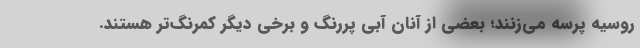
روسیه پرسه می‌زنند؛ بعضی از آنان آبی پررنگ و برخی دیگر کمرنگ‌تر هستند.